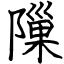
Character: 隟